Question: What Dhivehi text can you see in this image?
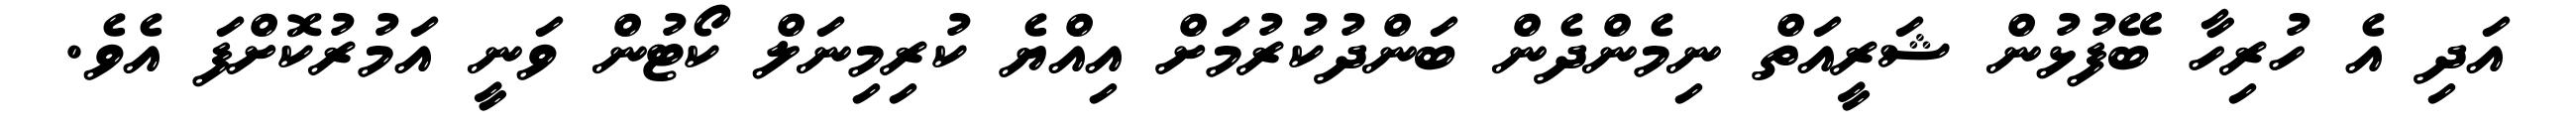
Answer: އަދި އެ ހުރިހާ ބޭފުޅުން ޝަރީއަތް ނިމެންދެން ބަންދުކުރުމަށް އިއްޔެ ކުރިމިނަލް ކޯޓުން ވަނީ އަމުރުކޮށްފަ އެވެ.